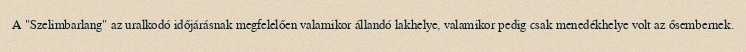
A "Szelimbarlang" az uralkodó időjárásnak megfelelően valamikor állandó lakhelye, valamikor pedig csak menedékhelye volt az ősembernek.